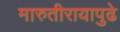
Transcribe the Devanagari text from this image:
मारुतीरायापुढे